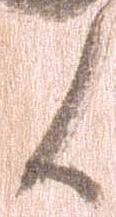
候